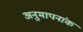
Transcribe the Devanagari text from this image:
अनुमापनांक